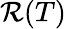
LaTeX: \mathcal{R}(T)